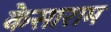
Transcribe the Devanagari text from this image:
केसाराम